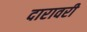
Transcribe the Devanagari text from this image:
दारावरी